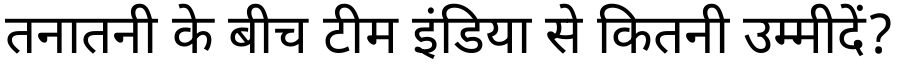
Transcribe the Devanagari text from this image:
तनातनी के बीच टीम इंडिया से कितनी उम्मीदें?